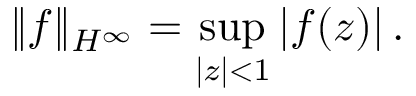
\| f \| _ { H ^ { \infty } } = \operatorname* { s u p } _ { | z | < 1 } \left| f ( z ) \right| .